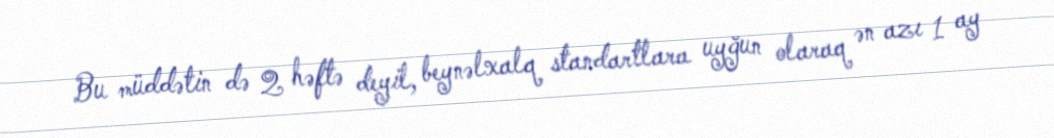
Bu müddətin də 2 həftə deyil, beynəlxalq standartlara uyğun olaraq ən azı 1 ay